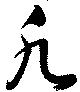
凢